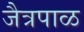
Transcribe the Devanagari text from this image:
जैत्रपाळ